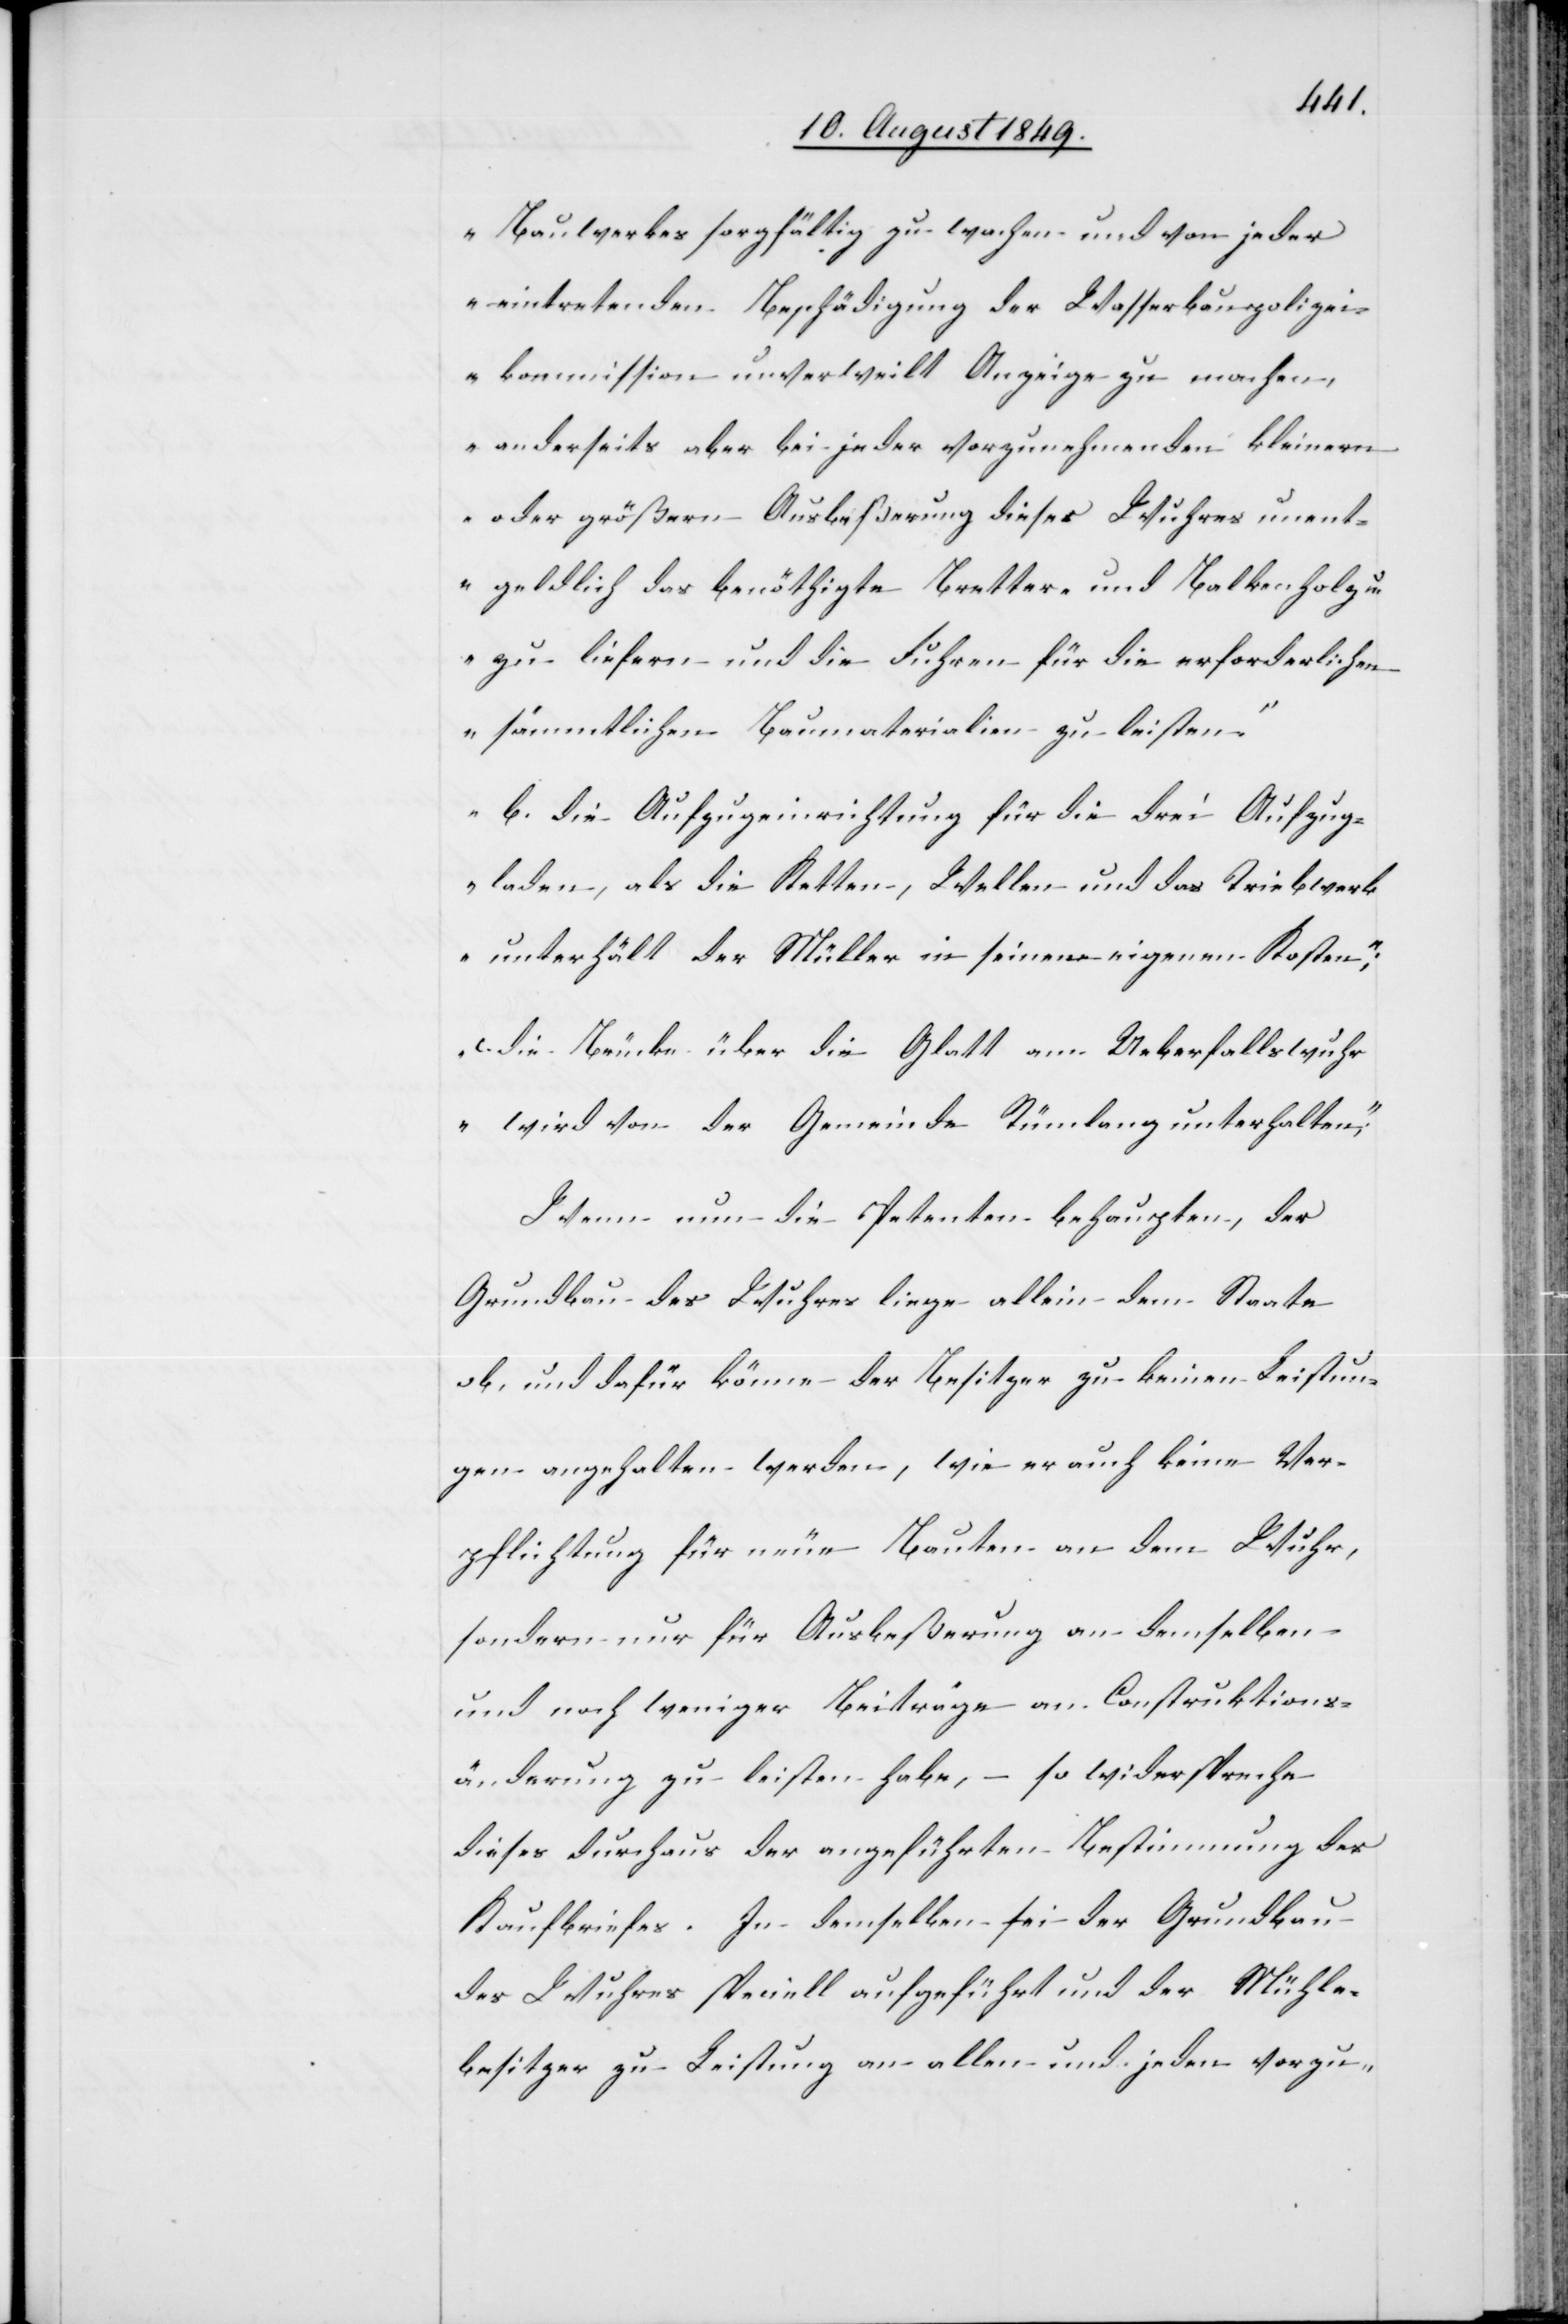
Mühle¬
Bauwerkes sorgfältig zu wachen und von jeder
eintretenden Beschädigung der Wasserbaupolizei¬
kommission unverweilt Anzeige zu machen,
anderseits aber bei jeder vorzunehmenden kleinern
oder größern Ausbeßerung dieses Wuhres unent¬
geldlich das benöthigte Bretter- und Balkenholz u.
zu liefern und die Fuhren für die erforderlichen
sämmtlichen Baumaterialien zu leisten.
b. die Aufzugeinrichtung für die drei Aufzug¬
laden, als die Ketten, Wellen und das Triebwerk
unterhält der Müller in seinen eigenen Kosten;
c. die Brücke über die Glatt am Ueberfallswuhr
wird von der Gemeinde Rümlang unterhalten“,
Wenn nun die Petenten behaupten, der
Grundbau des Wuhres liege allein dem Staate
ob, und dafür könne der Besitzer zu keinen Leistun¬
gen angehalten werden, wie er auch keine Ver¬
pflichtung für neue Bauten an dem Wuhr,
sondern nur für Ausbeßerung an demselben
und noch weniger Beiträge an Construktions¬
änderung zu leisten habe, – so widerspreche
dieses durchaus der angeführten Bestimmung des
besitzer zu Leistung an allen und jeden vorzu-